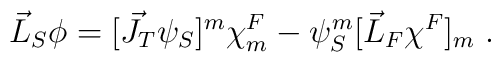
\vec{L}_S\phi = [\vec{J}_T {\psi}_S]^m		{\chi}^F_m - {\psi}_S^m[\vec{L}_F{\chi}^F]_m \;.